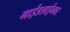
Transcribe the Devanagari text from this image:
गाईडलाईनवर